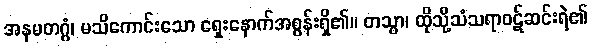
အနမတဂ္ဂံ၊ မသိကောင်းသော ရှေးနောက်အစွန်းရှိ၏။ တသ္မာ၊ ထိုသို့သံသရာဝဋ်ဆင်းရဲ၏